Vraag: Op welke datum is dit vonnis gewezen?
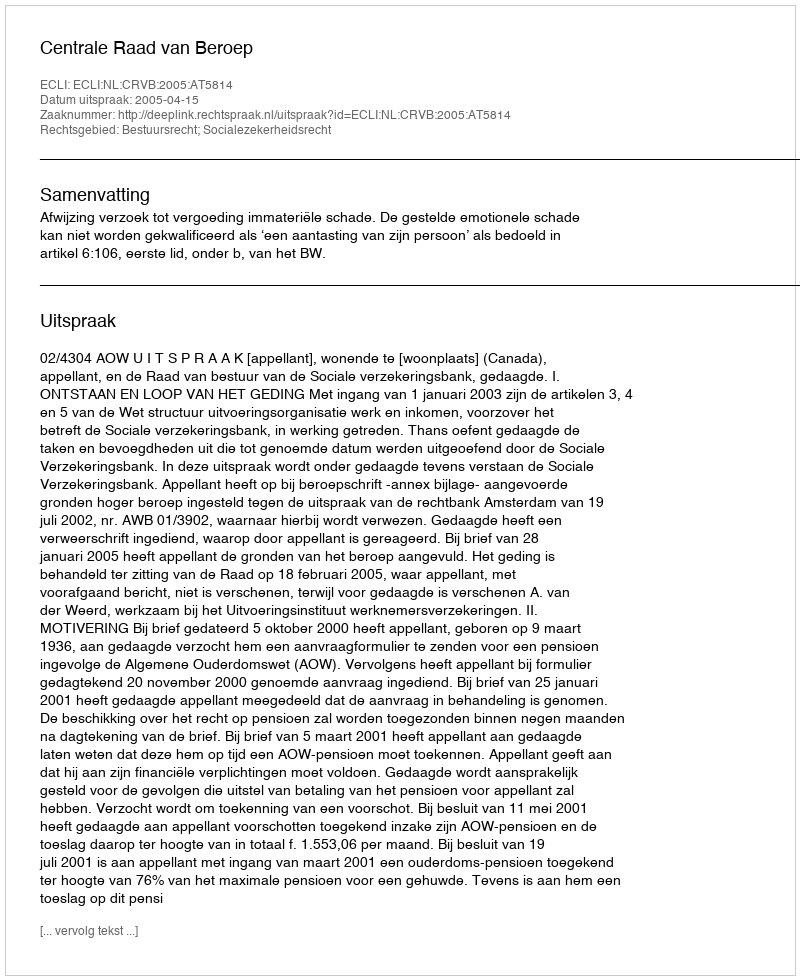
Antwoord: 2005-04-15